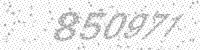
Solution: 850971